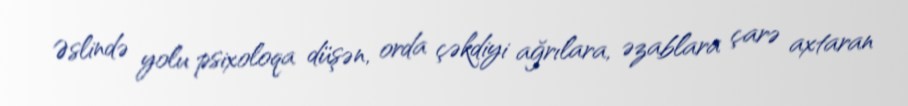
Əslində yolu psixoloqa düşən, orda çəkdiyi ağrılara, əzablara çarə axtaran